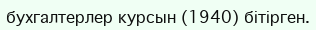
бухгалтерлер курсын (1940) бітірген.